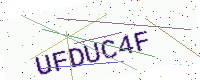
Text: UFDUC4F